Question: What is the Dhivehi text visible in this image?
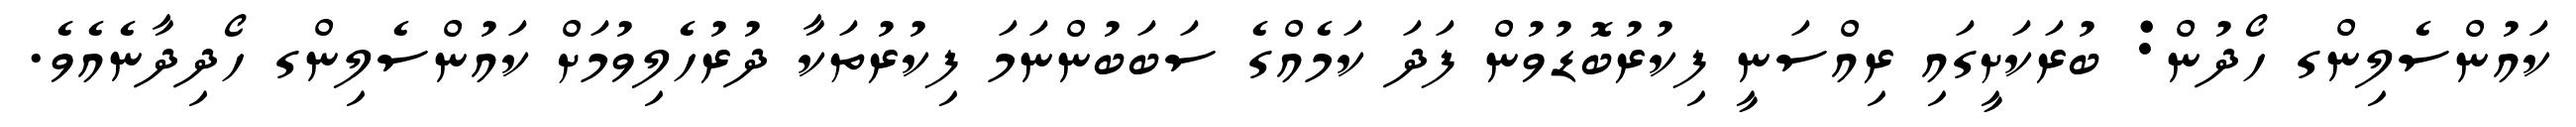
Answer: ކައުންސެލިންގ ހޯދުން: ބުރަކަށީގައި ރިއްސަނީ ފިކުރުބޮޑުވުން ފަދަ ކަމެއްގެ ސަބަބުންނަމަ ފިކުރުތަކާ ދުރުހެލިވުމަށް ކައުންސެލިންގ ހޯދިދާނެއެވެ.